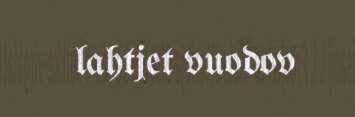
lahtjet vuodov